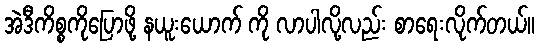
အဲဒီကိစ္စကိုပြောဖို့ နယူးယောက် ကို လာပါလို့လည်း စာရေးလိုက်တယ်။